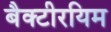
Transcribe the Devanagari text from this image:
बैक्टीरयिम